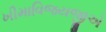
ખીમાવિજયજીએ